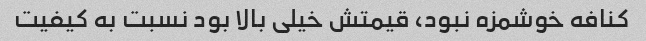
کنافه خوشمزه نبود، قیمتش خیلی بالا بود نسبت به کیفیت